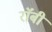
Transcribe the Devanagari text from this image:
राॅबी